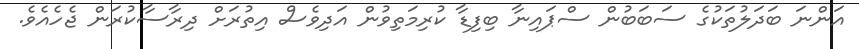
އަންނަ ބަދަލުތަކުގެ ސަބަބުން ސްޕައިނާ ބިފިޑާ ކުރިމަތިވުން އަދިވެސް އިތުރަށް ދިރާސާކުރަން ޖެހެއެވެ.